Civil Veterinary Department. Madras. Admin. report 1926-33 - 1926-1933
Year: 1926
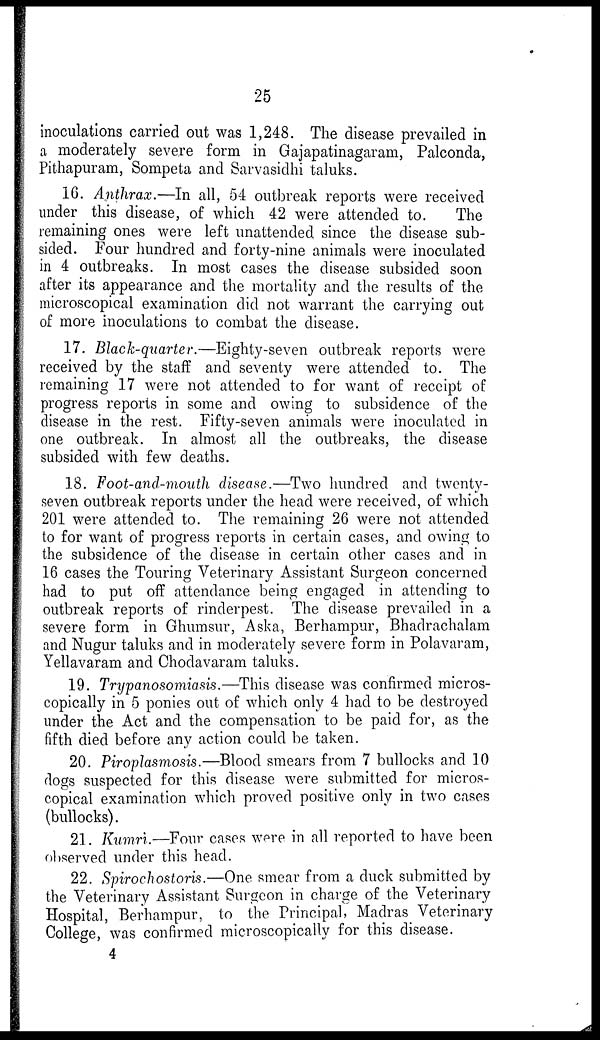
25
inoculations carried out was 1,248. The disease prevailed in
a moderately severe form in Gajapatinagaram, Palconda,
Pithapuram, Sompeta and Sarvasidhi taluks.
16. Anthrax.—In all, 54 outbreak reports were received
under this disease, of which 42 were attended to.
The
remaining ones were left unattended since the disease sub-
sided. Four hundred and forty-nine animals were inoculated
in 4 outbreaks. In most cases the disease subsided soon
after its appearance and the mortality and the results of the
microscopical examination did not warrant the carrying out
of more inoculations to combat the disease.
17. Black-quarter.— Eighty-seven outbreak reports were
received by the staff and seventy were attended to. The
remaining 17 were not attended to for want of receipt of
progress reports in some and owing to subsidence of the
disease in the rest. Fifty-seven animals were inoculated in
one outbreak. In almost all the outbreaks, the disease
subsided with few deaths.
18. Foot-and-mouth disease.—Two hundred and twenty-
seven outbreak reports under the head were received, of which
201 were attended to. The remaining 26 were not attended
to for want of progress reports in certain cases, and owing to
the subsidence of the disease in certain other cases and in
16 cases the Touring Veterinary Assistant Surgeon concerned
had to put off attendance being engaged in attending to
outbreak reports of rinderpest. The disease prevailed in a
severe form in Ghumsur, Aska, Berhampur, Bhadrachalam
and Nugur taluks and in moderately severe form in Polavaram,
Yellavaram and Chodavaram taluks.
19. Trypanosomiasis.—This disease was confirmed micros-
copically in 5 ponies out of which only 4 had to be destroyed
under the Act and the compensation to be paid for, as the
fifth died before any action could be taken.
20. Piroplasmosis.—Blood smears from 7 bullocks and 10
dogs suspected for this disease were submitted for micros-
copical examination which proved positive only in two cases
(bullocks).
21. Kumri.—Four cases were in all reported to have been
observed under this head.
22. Spirochostork.—One smear from a duck submitted by
the Veterinary Assistant Surgeon in charge of the Veterinary
Hospital, Berhampur, to the Principal, Madras Veterinary
College, was confirmed microscopically for this disease.
4